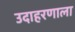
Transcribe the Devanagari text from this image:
उदाहरणाला